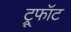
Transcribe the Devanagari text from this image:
ट्रूफॉट